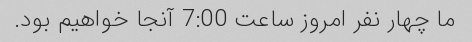
ما چهار نفر امروز ساعت 7:00 آنجا خواهیم بود.